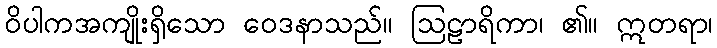
ဝိပါကအကျိုးရှိသော ဝေဒနာသည်။ ဩဠာရိကာ၊ ၏။ ဣတရာ၊